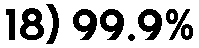
18) 99.9%